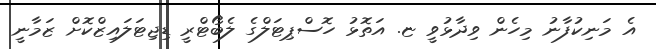
އެ މަނިކުފާނު މިހެން ވިދާޅުވީ ޏ. އަތޮޅު ހޮސްޕިޓަލްގެ ލެބޯޓްރީ ޑިޖިޓަލައިޒްކޮށް ޒަމާނީ